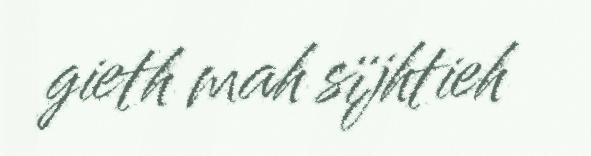
gieth mah sïjhtieh